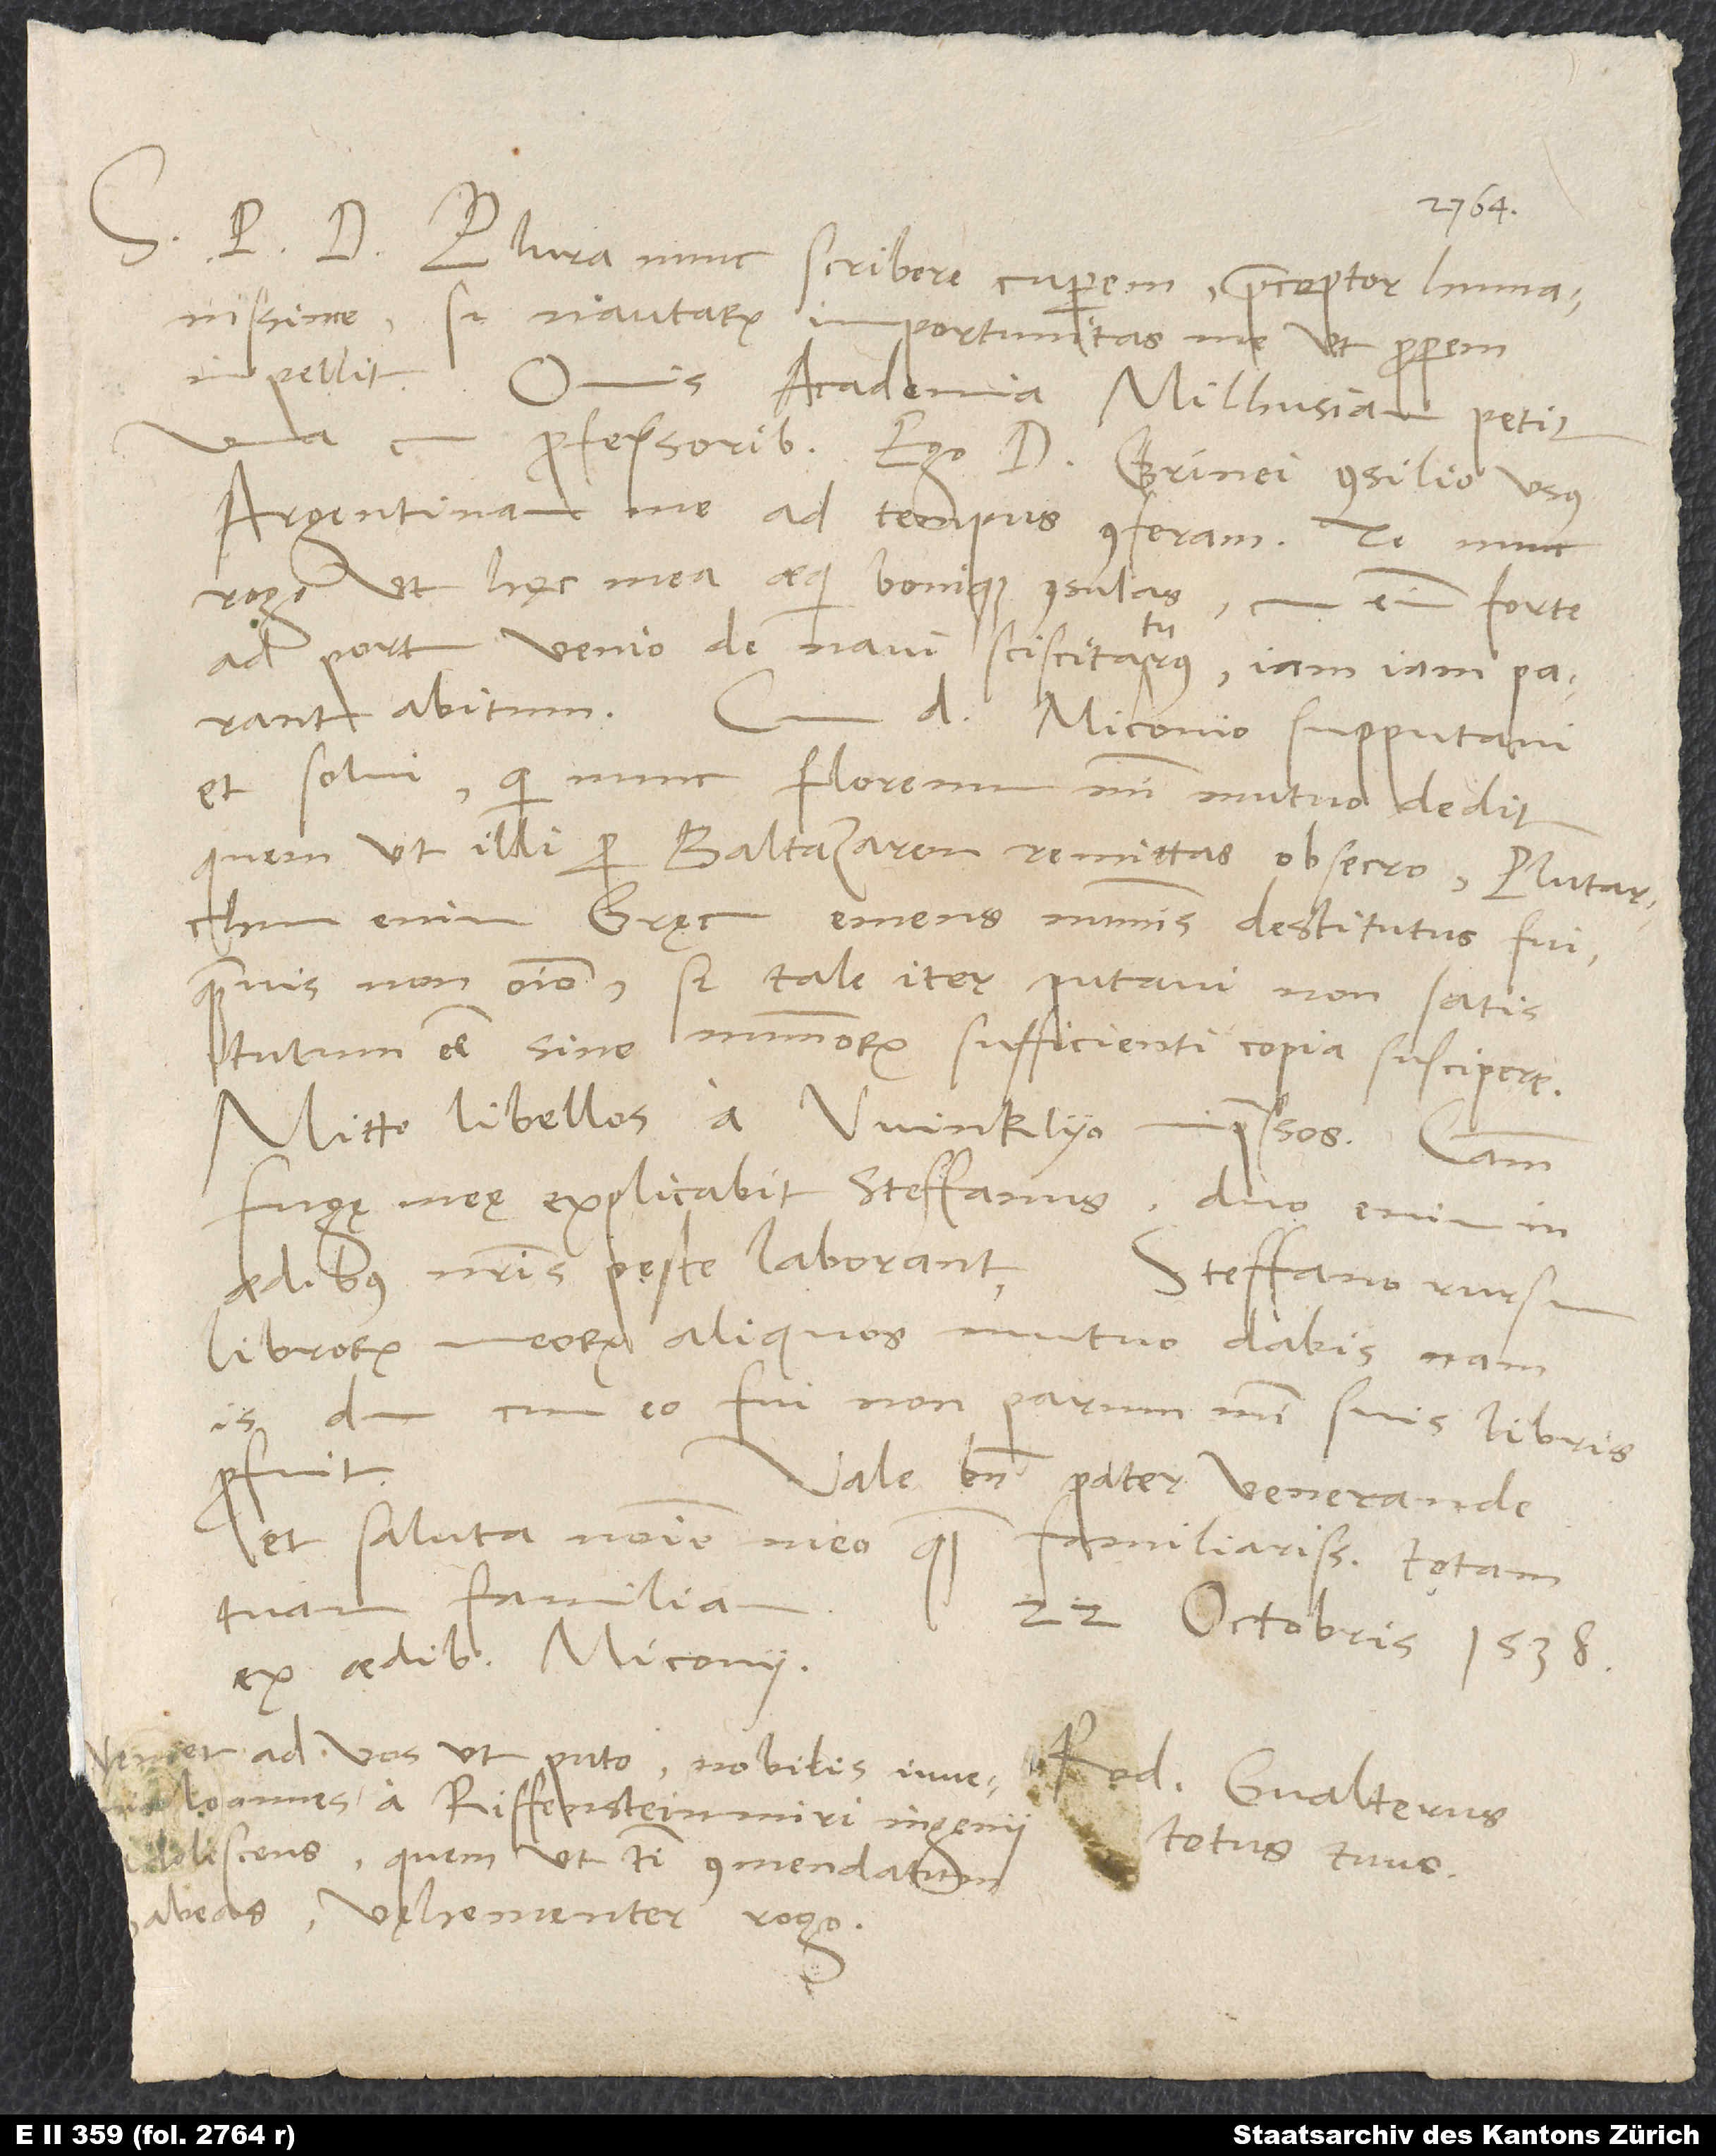
Plura nunc scribere cuperem, praeceptor humanissime,
sed nautarum importunitas me, ut properem,
impellit.
academia Milhusiam petit
professoribus. Ego d. Grinei consilio usus
Argentinam me ad tempus conferam. Te nunc
rogo, ut hęc mea aequi bonique consulas. Cum enim forte
ad portum venio de navi sciscitaturus, iam iam parant
abitum.
d. Miconio supputavi
et solvi, qui nunc florenum mihi mutuo dedit,
quem ut illi per Baltazarem remittas, obsecro. Plutarchum
enim Gręcum emens nummis destitutus fui,
quamvis non omnino, sed tale iter putavi non satis
tutum esse sine nummorum sufficienti copia suscipere.
Mitto libellos a Winklyo impressos. Causam
fugę meę explicabit Steffanus; duo enim in
aedibus nostris peste laborant. Steffano rursum
librorum meorum aliquos mutuo dabis; nam
dum cum eo fui, non parum mihi suis libris
S.
profuit.
Vale bene, pater venerande,
et saluta nomine meo quam familiarissime totam
ex aedibus Miconii.
Veniet ad vos, ut puto, nobilis iuvenis
quem ut tibi commendatum
habeas, vehementer rogo.